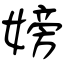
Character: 嫎